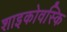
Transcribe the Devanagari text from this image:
शाइकोवस्कि